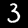
Label: 3